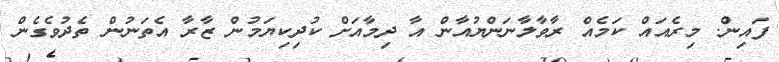
ފައިން. މިރެއައް ކަމެއް ރާވާލާނަންޔުއާން އާ ދިމާއަށް ކުދިކިޔަމުން ޒާރާ އެތަނުން ތެދުވެގެން